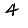
Digit: 4